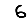
Digit: 6